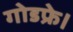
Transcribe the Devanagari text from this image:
गोडफ्रे।